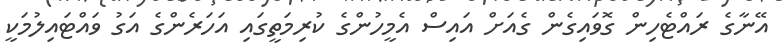
އޭނާގެ ރައްޓެހިން ގޮވައިގެން ގެއަށް އައިސް އެމީހުންގެ ކުރިމަތީގައި އަހަރެންގެ އަގު ވައްޓައިލުމަކީ